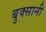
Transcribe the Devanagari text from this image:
बुक्सानी